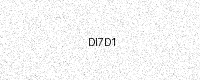
Text: DI7D1